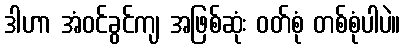
ဒါဟာ အံဝင်ခွင်ကျ အဖြစ်ဆုံး ဝတ်စုံ တစ်စုံပါပဲ။